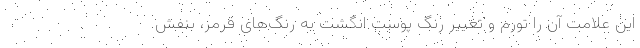
این علامت آن را تورم و تغییر رنگ پوست انگشت به رنگ‌های قرمز، بنفش